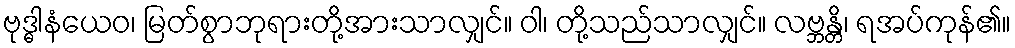
ဗုဒ္ဓါနံယေဝ၊ မြတ်စွာဘုရားတို့အားသာလျှင်။ ဝါ၊ တို့သည်သာလျှင်။ လဗ္ဘန္တိ၊ ရအပ်ကုန်၏။